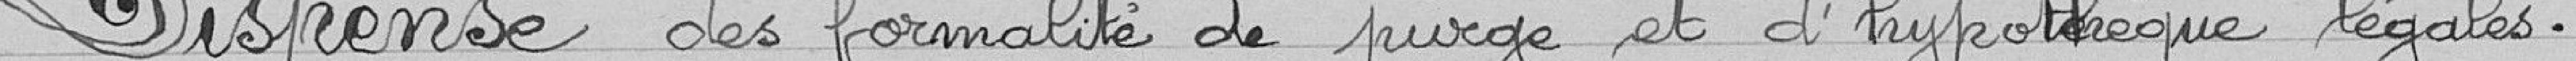
Dispense des formalités de purge et d'hypothèque légales.